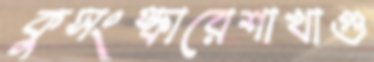
কুসংস্কারেশাখাগু